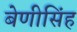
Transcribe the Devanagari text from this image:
बेणीसिंह